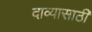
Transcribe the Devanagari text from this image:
दाव्यासाठी